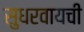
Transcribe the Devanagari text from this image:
सुधरवायची